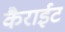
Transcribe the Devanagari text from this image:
कैराईट